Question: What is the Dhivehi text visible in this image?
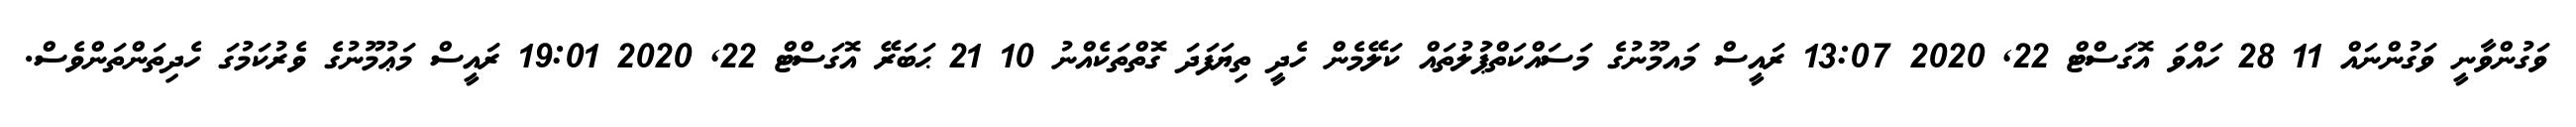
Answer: ވަގުންވާނީ ވަގުންނައް 11 28 ހައްވަ އޮގަސްޓް 22, 2020 13:07 ރައީސް މައމޫނުގެ މަސައްކަތްޕުަލުތައް ކަލޭމެން ހެދީ ތިޔަފަދަ ގޮތްތަކެއްނު 10 21 ޙަބަރޭ އޮގަސްޓް 22, 2020 19:01 ރައީސް މަޢުމޫނުގެ ވެރުކަމުގަ ހެދިތަންތަންވެސް.